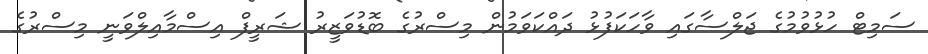
ސަމިޓް ހުޅުވުމުގެ ޖަލްސާގައި ވާހަކަފުޅު ދައްކަވަމުން މިސްރުގެ ބޮޑުވަޒީރު ޝަރީފް އިސްމާއިލްވަނީ މިސްރުގެ